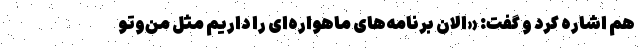
هم اشاره کرد و گفت: «الان برنامه‌های ماهواره‌ای را داریم مثل من‌وتو